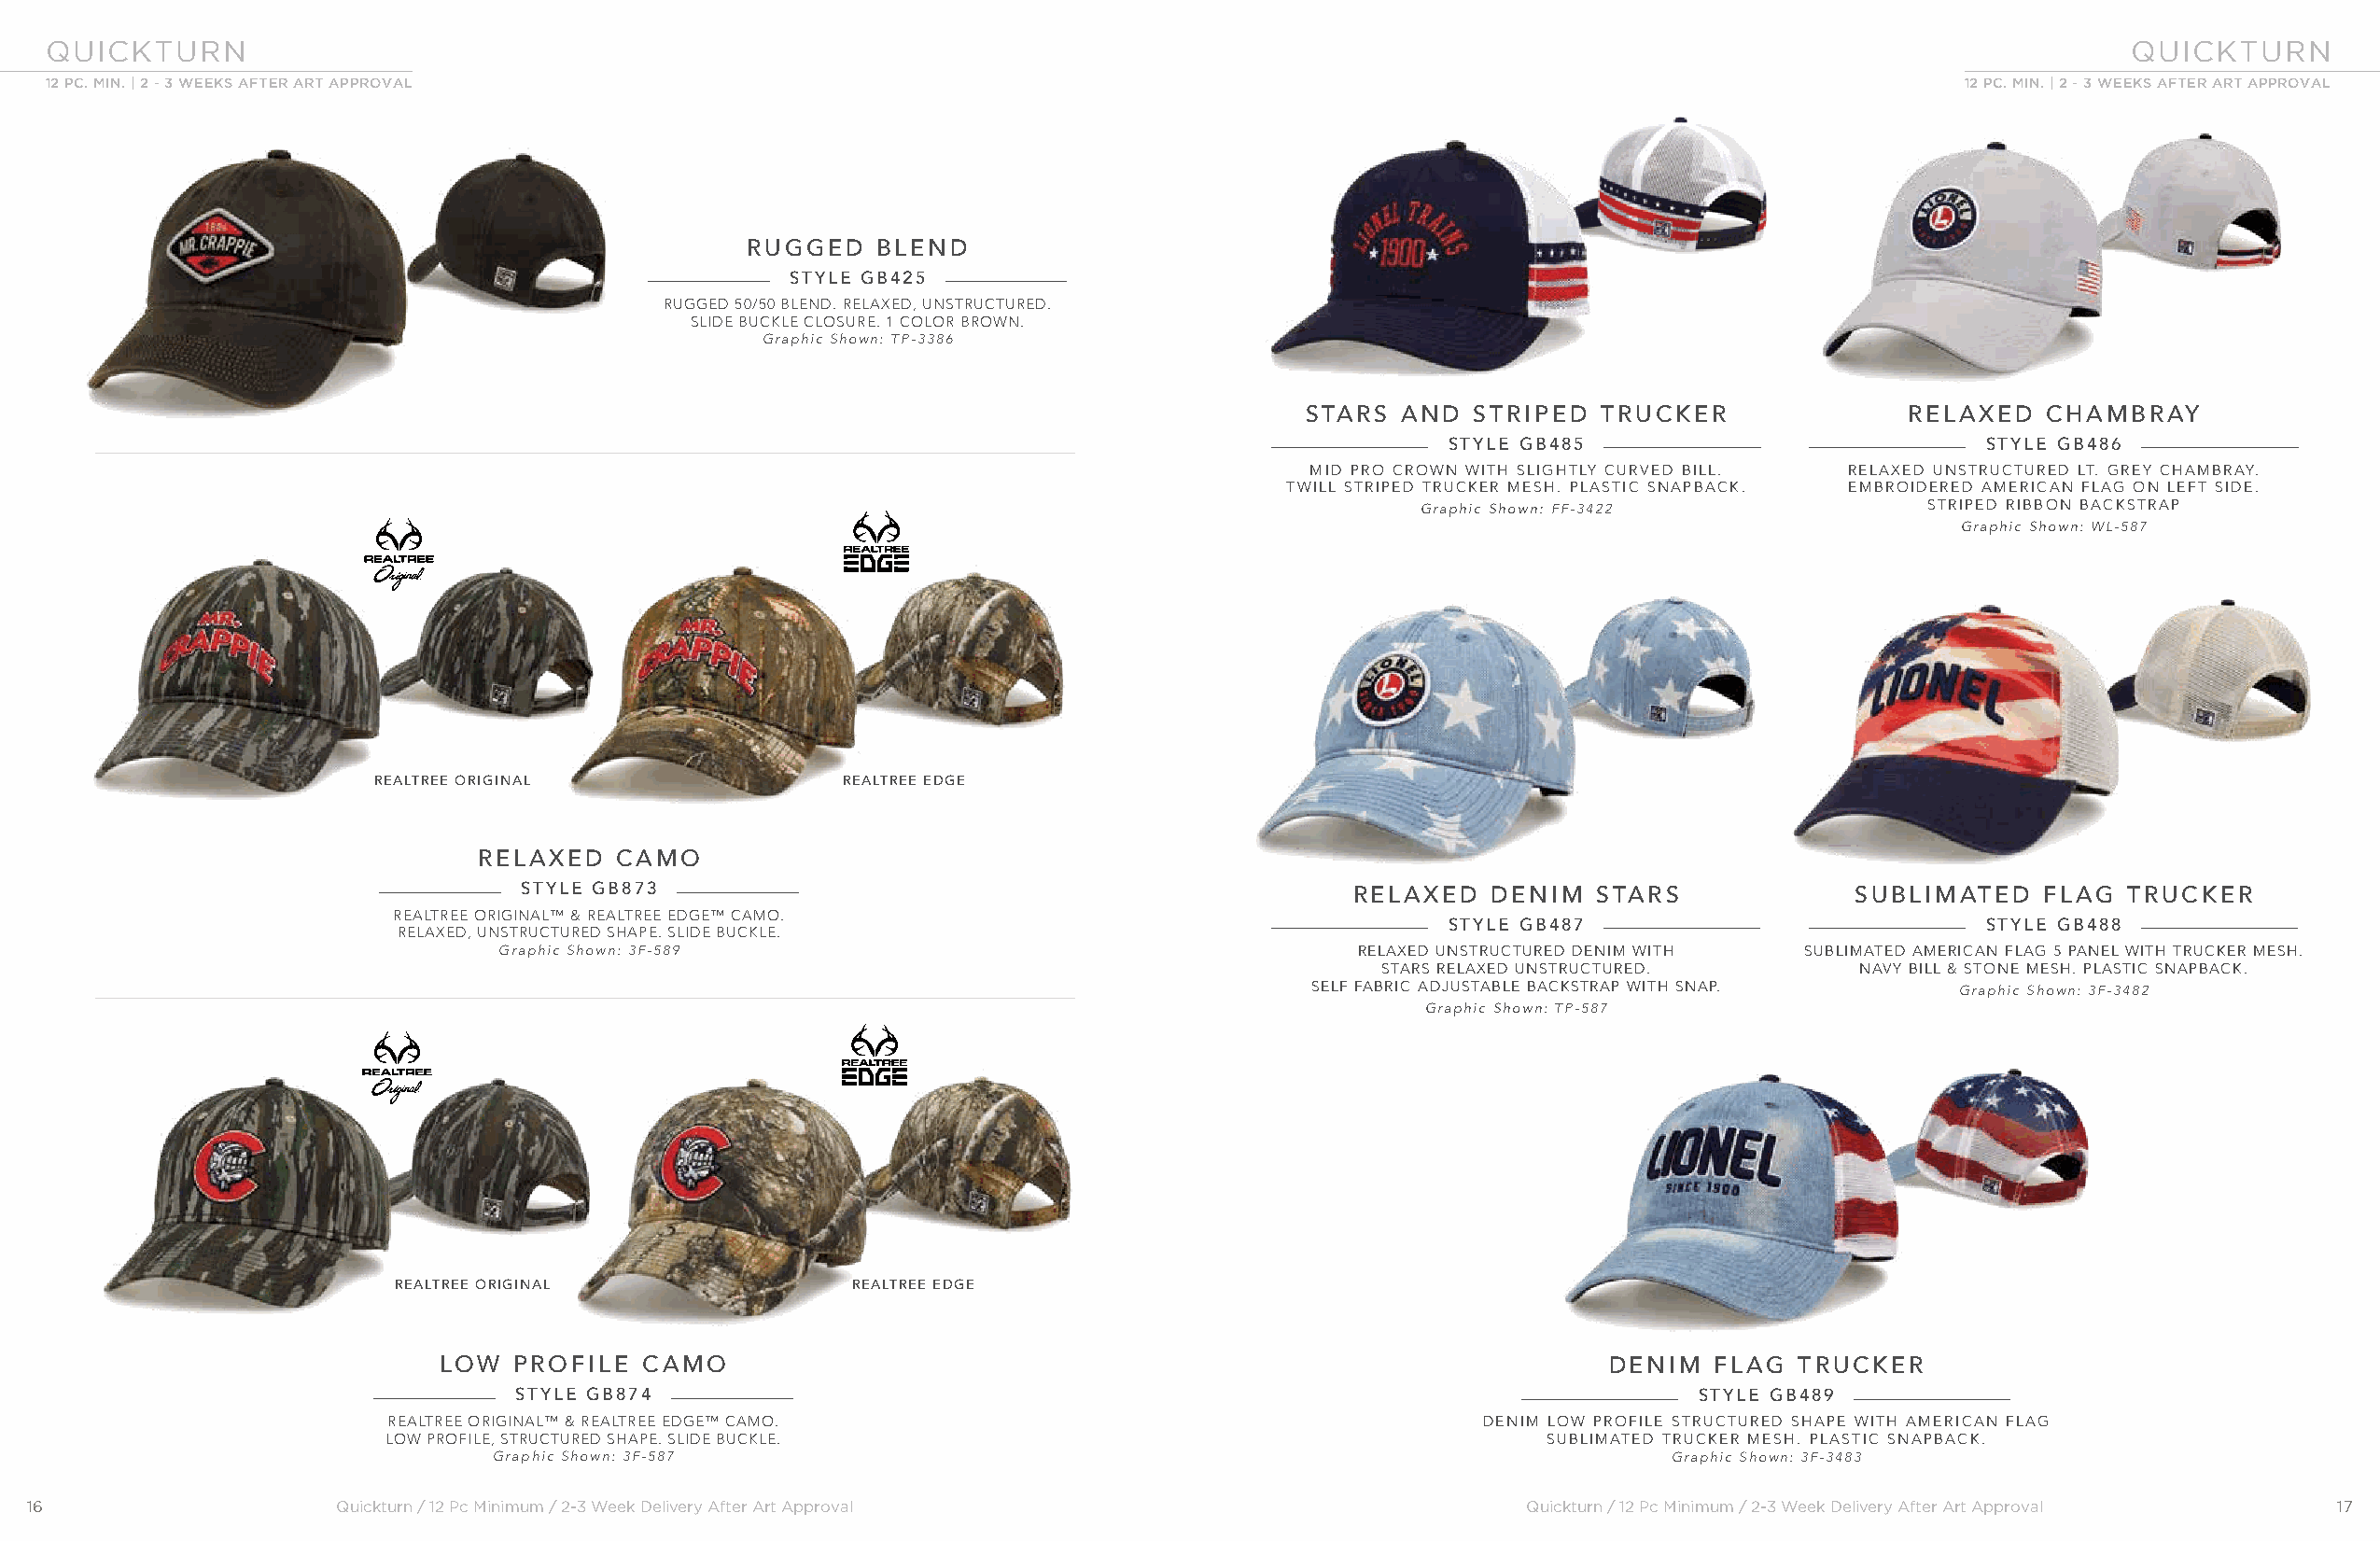
QUICKTURN                                                                                                                                           QUICKTURN
 12 PC. MIN. | 2 - 3 WEEKS AFTER ART APPROVAL                                                                                            12 PC. MIN. | 2 - 3 WEEKS AFTER ART APPROVAL
 RUGGED   BLEND
 STYLE GB425
 RUGGED 50/50 BLEND. RELAXED, UNSTRUCTURED.
 SLIDE BUCKLE CLOSURE. 1 COLOR BROWN.
 Graphic Shown: TP-3386
 STARS AND   STRIPED  TRUCKER              RELAXED   CHAMBRAY
 STYLE GB485                           STYLE GB486
 MID PRO CROWN WITH SLIGHTLY CURVED BILL. RELAXED UNSTRUCTURED LT. GREY CHAMBRAY.
 TWILL STRIPED TRUCKER MESH. PLASTIC SNAPBACK. EMBROIDERED AMERICAN FLAG ON LEFT SIDE.
 Graphic Shown: FF-3422              STRIPED RIBBON BACKSTRAP
 Graphic Shown: WL-587
 REALTREE ORIGINAL                REALTREE EDGE
 RELAXED   CAMO
 STYLE GB873                                                RELAXED   DENIM  STARS              SUBLIMATED   FLAG  TRUCKER
 REALTREE ORIGINAL™ & REALTREE EDGE™ CAMO.
 STYLE GB487                           STYLE GB488
 RELAXED, UNSTRUCTURED SHAPE. SLIDE BUCKLE.
 Graphic Shown: 3F-589                                        RELAXED UNSTRUCTURED DENIM WITH SUBLIMATED AMERICAN FLAG 5 PANEL WITH TRUCKER MESH.
 STARS RELAXED UNSTRUCTURED.       NAVY BILL & STONE MESH. PLASTIC SNAPBACK.
 SELF FABRIC ADJUSTABLE BACKSTRAP WITH SNAP.   Graphic Shown: 3F-3482
 Graphic Shown: TP-587
 REALTREE ORIGINAL               REALTREE EDGE
 LOW  PROFILE   CAMO                                                                DENIM   FLAG  TRUCKER
 STYLE GB874                                                                        STYLE GB489
 REALTREE ORIGINAL™ & REALTREE EDGE™ CAMO.                                     DENIM LOW PROFILE STRUCTURED SHAPE WITH AMERICAN FLAG
 LOW PROFILE, STRUCTURED SHAPE. SLIDE BUCKLE.                                       SUBLIMATED TRUCKER MESH. PLASTIC SNAPBACK.
 Graphic Shown: 3F-587                                                               Graphic Shown: 3F-3483
 16                    Quickturn / 12 Pc Minimum / 2-3 Week Delivery After Art Approval                    Quickturn / 12 Pc Minimum / 2-3 Week Delivery After Art Approval 17